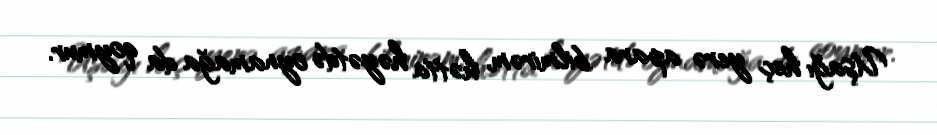
Uşağı heç yerə apara bilmirəm, hətta həyətdə oynamağa da qoymur.